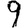
Digit: 9